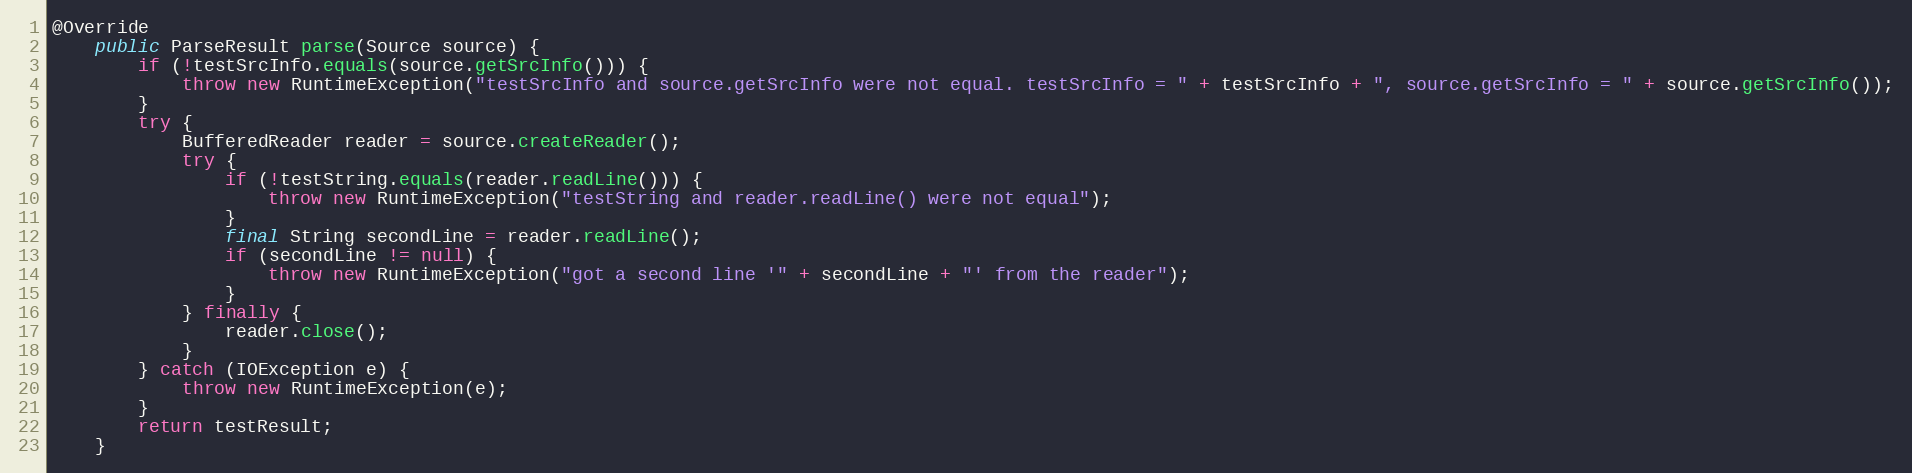
Language: Java
@Override
    public ParseResult parse(Source source) {
        if (!testSrcInfo.equals(source.getSrcInfo())) {
            throw new RuntimeException("testSrcInfo and source.getSrcInfo were not equal. testSrcInfo = " + testSrcInfo + ", source.getSrcInfo = " + source.getSrcInfo());
        }
        try {
            BufferedReader reader = source.createReader();
            try {
                if (!testString.equals(reader.readLine())) {
                    throw new RuntimeException("testString and reader.readLine() were not equal");
                }
                final String secondLine = reader.readLine();
                if (secondLine != null) {
                    throw new RuntimeException("got a second line '" + secondLine + "' from the reader");
                }
            } finally {
                reader.close();
            }
        } catch (IOException e) {
            throw new RuntimeException(e);
        }
        return testResult;
    }